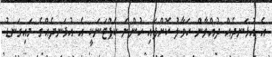
އެ އުޅަނދެއް ދުއްވާން ހަވާލު ކޮށްފައި ހުންނަ ކެޕްޓަނަކީ އެ އުޅަނދެއްގެ މައިގަނޑު